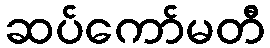
ဆပ်ကော်မတီ